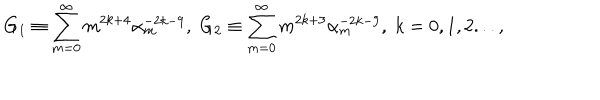
G _ { 1 } \equiv \sum _ { m = 0 } ^ { \infty } m ^ { 2 k + 4 } \alpha _ { m } ^ { - 2 k - 9 } , \; G _ { 2 } \equiv \sum _ { m = 0 } ^ { \infty } m ^ { 2 k + 3 } \alpha _ { m } ^ { - 2 k - 9 } , \; k = 0 , 1 , 2 . . . ,